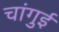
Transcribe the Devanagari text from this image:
चांगुई